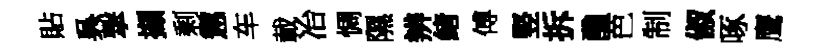
貼呉撃擷剩懲车載冶惆隰辨緖傅竪拆醮芭制俶啄鹰